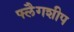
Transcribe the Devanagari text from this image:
फ्लैगशीप